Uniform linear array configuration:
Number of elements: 8
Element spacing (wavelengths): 0.25
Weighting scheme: blackman
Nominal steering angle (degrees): -45
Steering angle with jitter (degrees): -43.1
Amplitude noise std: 0.05
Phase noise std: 0.05

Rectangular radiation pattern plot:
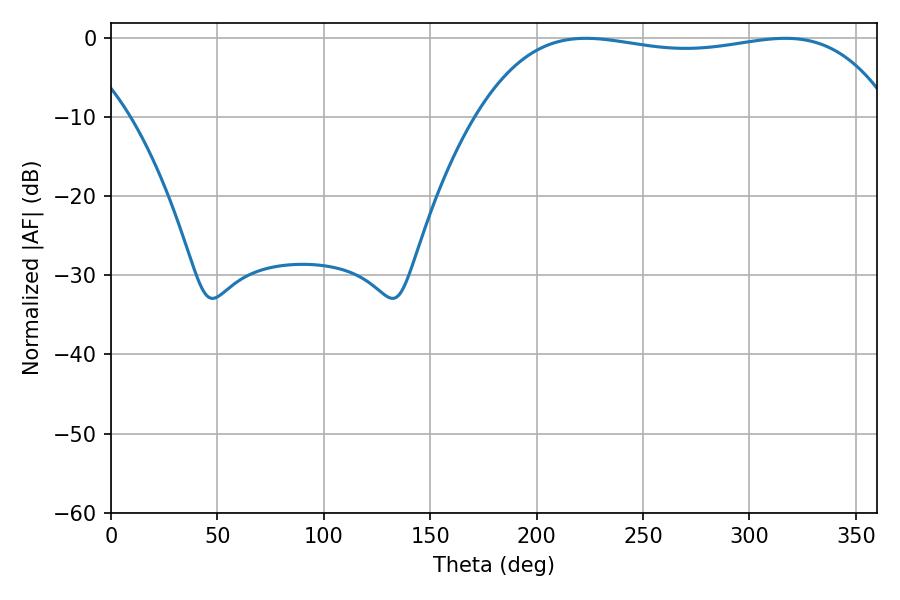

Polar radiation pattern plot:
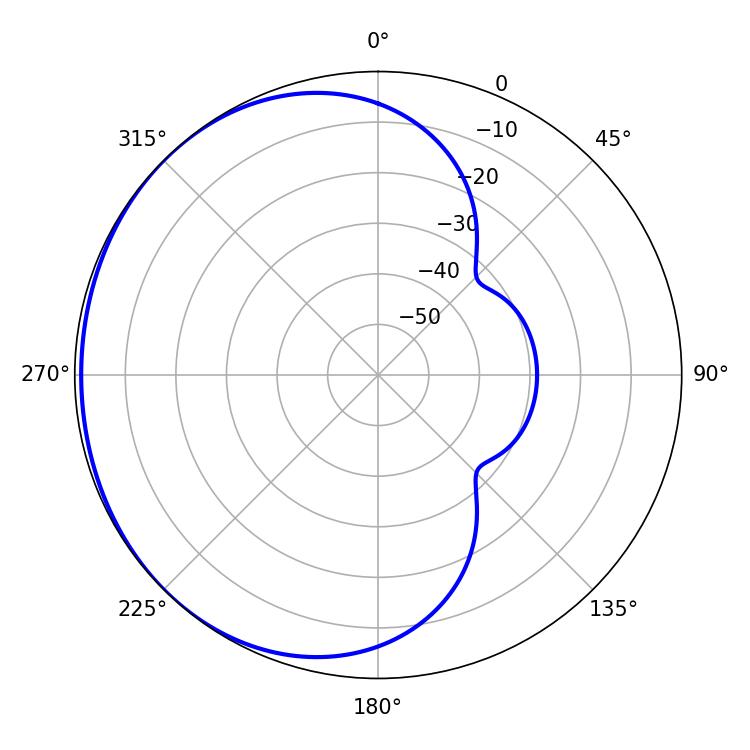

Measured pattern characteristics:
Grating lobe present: FALSE
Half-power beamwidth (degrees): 156.24
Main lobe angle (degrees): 223.2